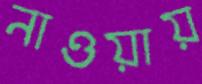
নাওয়ায়